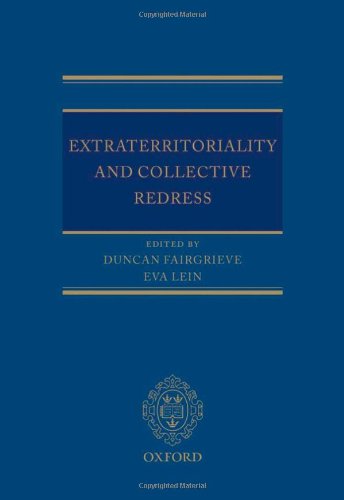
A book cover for Extraterritoriality and Collective Redress; Duncan Fairgrieve; Law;